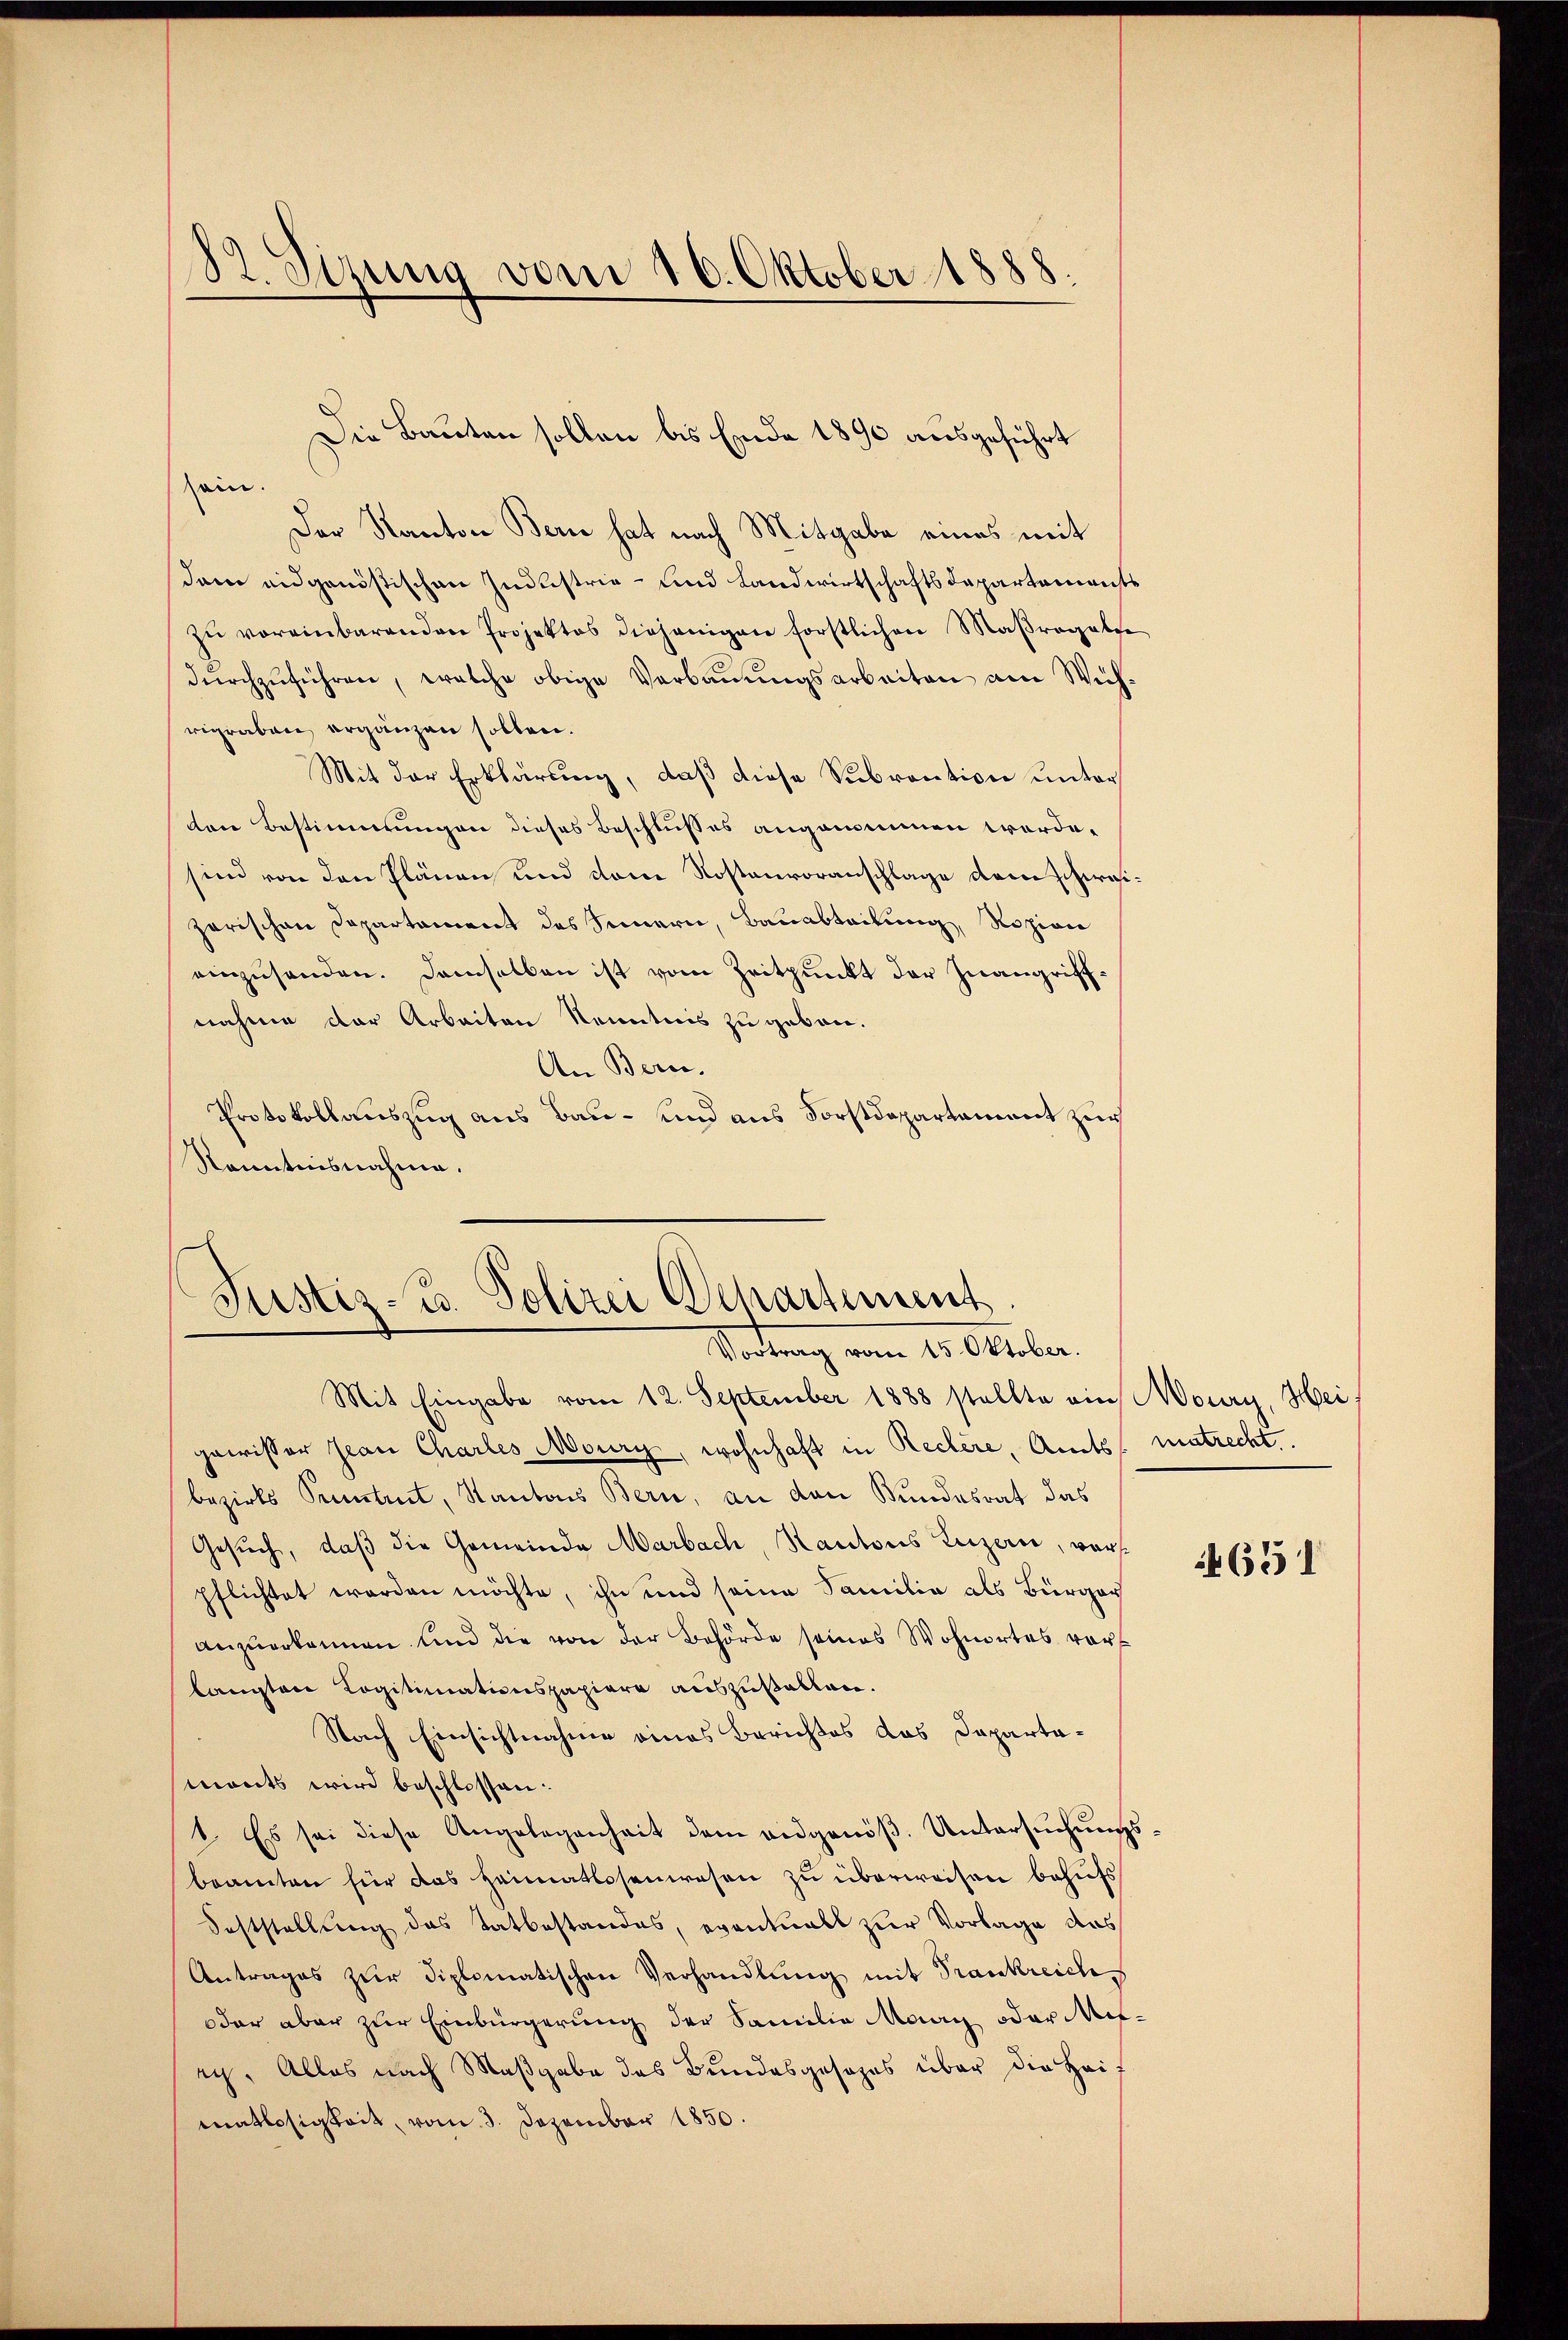
82. Sizung vom 16. Oktober 1888.

sein.
Der Kanton Bern hat nach Mitgabe eines mit
dem eidgenöstischen Industrie- und Landwirtschaftsdepartements
zŭ vereinbarenden Projektes diejenigen forstlichen Maßregelte
dŭrchzŭführen, welche obige Verbauungsarbeiten am Wichrigraben ergänzen sollen.
Mit der Erklärung, daß diese Subvention unter
den Bestimmungen dieses Beschlusses angenommen worde.
sind von den Plänen und dem Rostenvoranschlage der Schweizerischen Departament des Sinnern, Bauabteilung, Rozion
einzusenden. Demselben ist vom Zeitpunkt der Inangriffnahme der Arbeiten Kenntnis zu geben.
An Bern.
Protokollauszug aus Bau- und aus Forstdepartement zur
Kenntnisnahme.

Die Bauten sollen bis Ende 1890 ausgeführt

Justiz- u. Polizei Departement
Vortrag vom 15. Oktober.
Mit Eingabe vom 12. September 1888 stellte ein Moury, Hei

gewisser Jean Charles Moury, wohnhaft in Rectère, Amts matrecht.
bezirks Petrut, Kantons Bern, an den Bundesrat das
Gesŭch, daβ die Gemeinde Marbach, Kantons Luzern, vorpflichtet worden möchte, ihn und seine Familie als Bürger
anzŭerkennen und die von der Behörde seines Wohnortes vor
langten Logitimationspapiere auszustallen.
Nach Einsichtnahme eines Berichtes das Dapartamonts wird beschlossen.
1. Es sei diese Angelegenheit dem eidgenöβ. Untersŭchŭngs-
beamten für das Heimatlosenwesen zŭ überweisen behufs
Feststellung das Tatbestandes, eventuell zur Vorlage das
Antrages zur Diplomatischen Verhandlung mit Trankreichs
oder aber zur Einbürgerung der Samilie Maag oder Mirch. Alles nach Maßgabe des Bundesgesezes über die Heit
matlosigkeit, vom 3. Dezember 1850.

4651